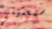
سمعتيني